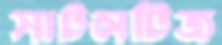
সাটলটিজ